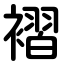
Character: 褶